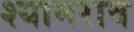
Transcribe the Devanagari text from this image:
श्‍यामराव